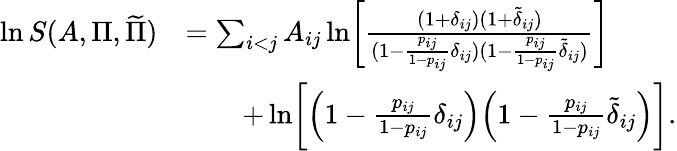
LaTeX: \begin{array}{rl}{\ln S(A,\Pi,\widetilde{\Pi})}&{=\sum_{i<j}A_{ij}\ln\biggl[\frac{(1+\delta_{ij})(1+\tilde{\delta}_{ij})}{(1-\frac{p_{ij}}{1-p_{ij}}\delta_{ij})(1-\frac{p_{ij}}{1-p_{ij}}\tilde{\delta}_{ij})}\biggr]}\\ &{\qquad+\ln\biggl[\Bigl(1-\frac{p_{ij}}{1-p_{ij}}\delta_{ij}\Bigr)\Bigl(1-\frac{p_{ij}}{1-p_{ij}}\tilde{\delta}_{ij}\Bigr)\biggr].}\end{array}